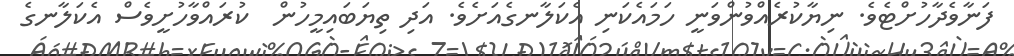
ފަނާވެދާހުށްޓެވެ. ނިޔާކުރެއްވުންވަނީ ހަމައެކަނި އެކަލާނގެއަށެވެ. އަދި ތިޔަބައިމީހުން  ކުރައްވާހުށީވެސް އެކަލާނގެ